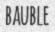
BAUBLE